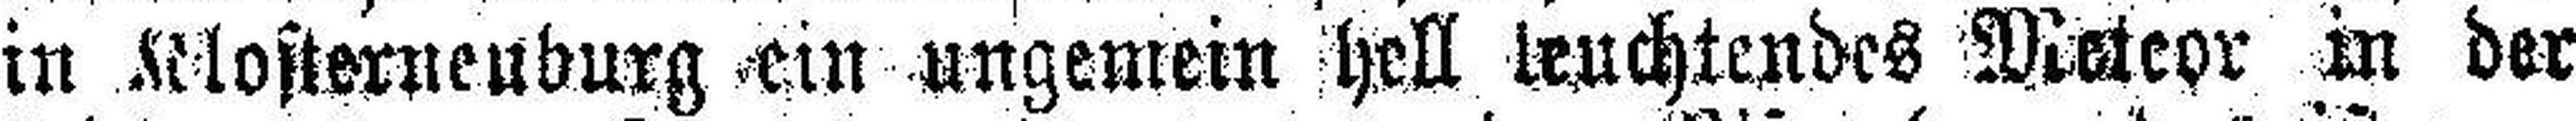
in Klosterneuburg ein ungemein hell leuchtendes Meteor in der